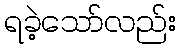
ရခဲ့သော်လည်း